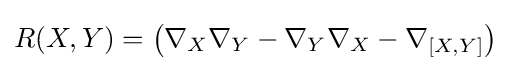
R(X,Y)=\left(\nabla _{X}\nabla _{Y}-\nabla _{Y}\nabla _{X}-\nabla _{[X,Y]}\right)